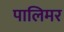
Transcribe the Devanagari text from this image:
पालिमर